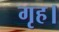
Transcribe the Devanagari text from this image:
गृह।